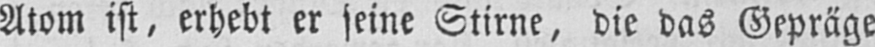
Atom ist, erhebt er seine Stirne, die das Gepräge